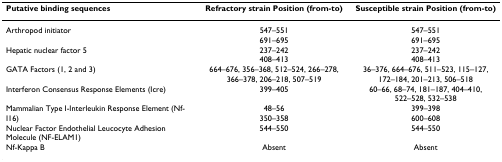
| Putative binding sequences | Refractory strain Position (from-to) | Susceptible strain Position (from-to) |
 | --- | --- | --- |
 | Arthropod initiator | 547–551691–695 | 547–551691–695 |
 | Hepatic nuclear factor 5 | 237–242408–413 | 237–242408–413 |
 | GATA Factors (1, 2 and 3) | 664–676, 356–368, 512–524, 266–278, 366–378, 206–218, 507–519 | 36–376, 664–676, 511–523, 115–127, 172–184, 201–213, 506–518 |
 | Interferon Consensus Response Elements (Icre) | 399–405 | 60–66, 68–74, 181–187, 404–410, 522–528, 532–538 |
 | Mammalian Type I-Interleukin Response Element (Nf-I16) | 48–56350–358 | 399–398600–608 |
 | Nuclear Factor Endothelial Leucocyte Adhesion Molecule (NF-ELAM1) | 544–550 | 544–550 |
 | Nf-Kappa B | Absent | Absent |